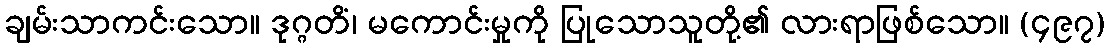
ချမ်းသာကင်းသော။ ဒုဂ္ဂတိံ၊ မကောင်းမှုကို ပြုသောသူတို့၏ လားရာဖြစ်သော။ (၄၉၇)